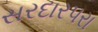
સરદારપરા